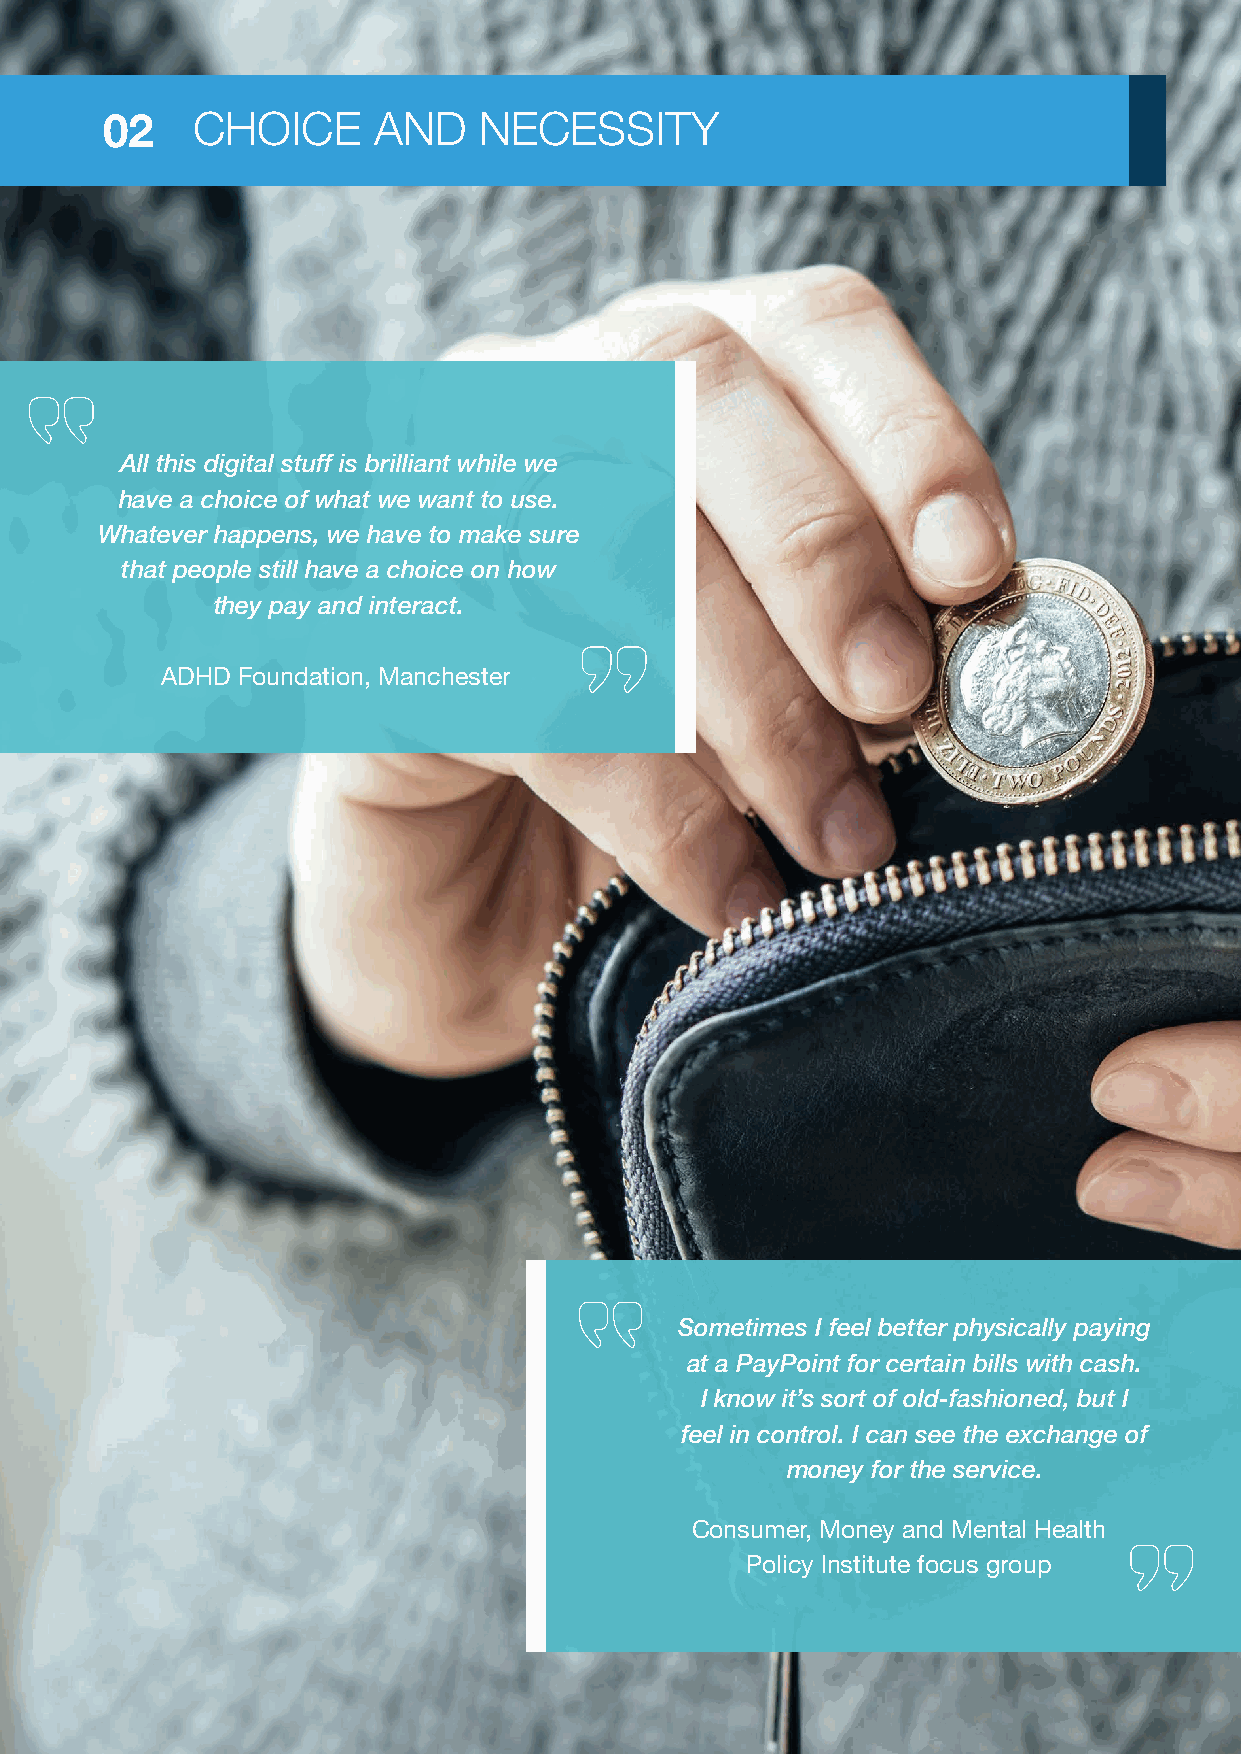
CHOICE      AND    NECESSITY
 02
 All this digital stuff is brilliant while we
 have a choice of what we want to use.
 Whatever happens, we have to make sure
 that people still have a choice on how
 they pay and interact.
 ADHD Foundation, Manchester
 Sometimes I feel better physically paying
 at a PayPoint for certain bills with cash.
 I know it’s sort of old-fashioned, but I
 feel in control. I can see the exchange of
 money for the service.
 Consumer, Money and Mental Health
 Policy Institute focus group
 16